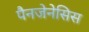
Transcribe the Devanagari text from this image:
पैनजेनेसिस